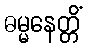
ဓမ္မနေတ္တိံ